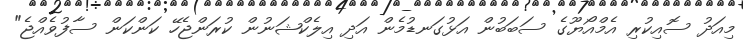
މިއަދު ސޮއިކުރި އެމްއޯޔޫގެ ސަބަބުން އަޅުގަނޑުމެން އަދި އިލެކްޝަނުން ކުރަންޖެހޭ ކަންކަން ސާފުވެއްޖެ"